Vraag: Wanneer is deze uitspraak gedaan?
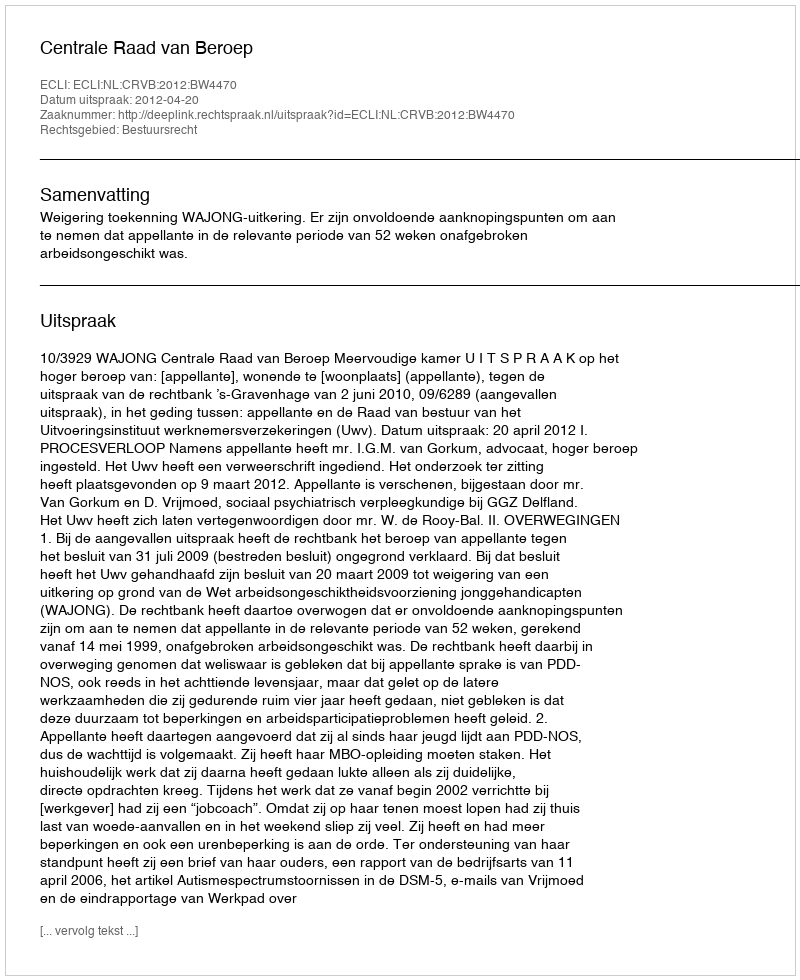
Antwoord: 2012-04-20